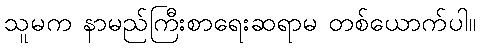
သူမက နာမည်ကြီးစာရေးဆရာမ တစ်ယောက်ပါ။